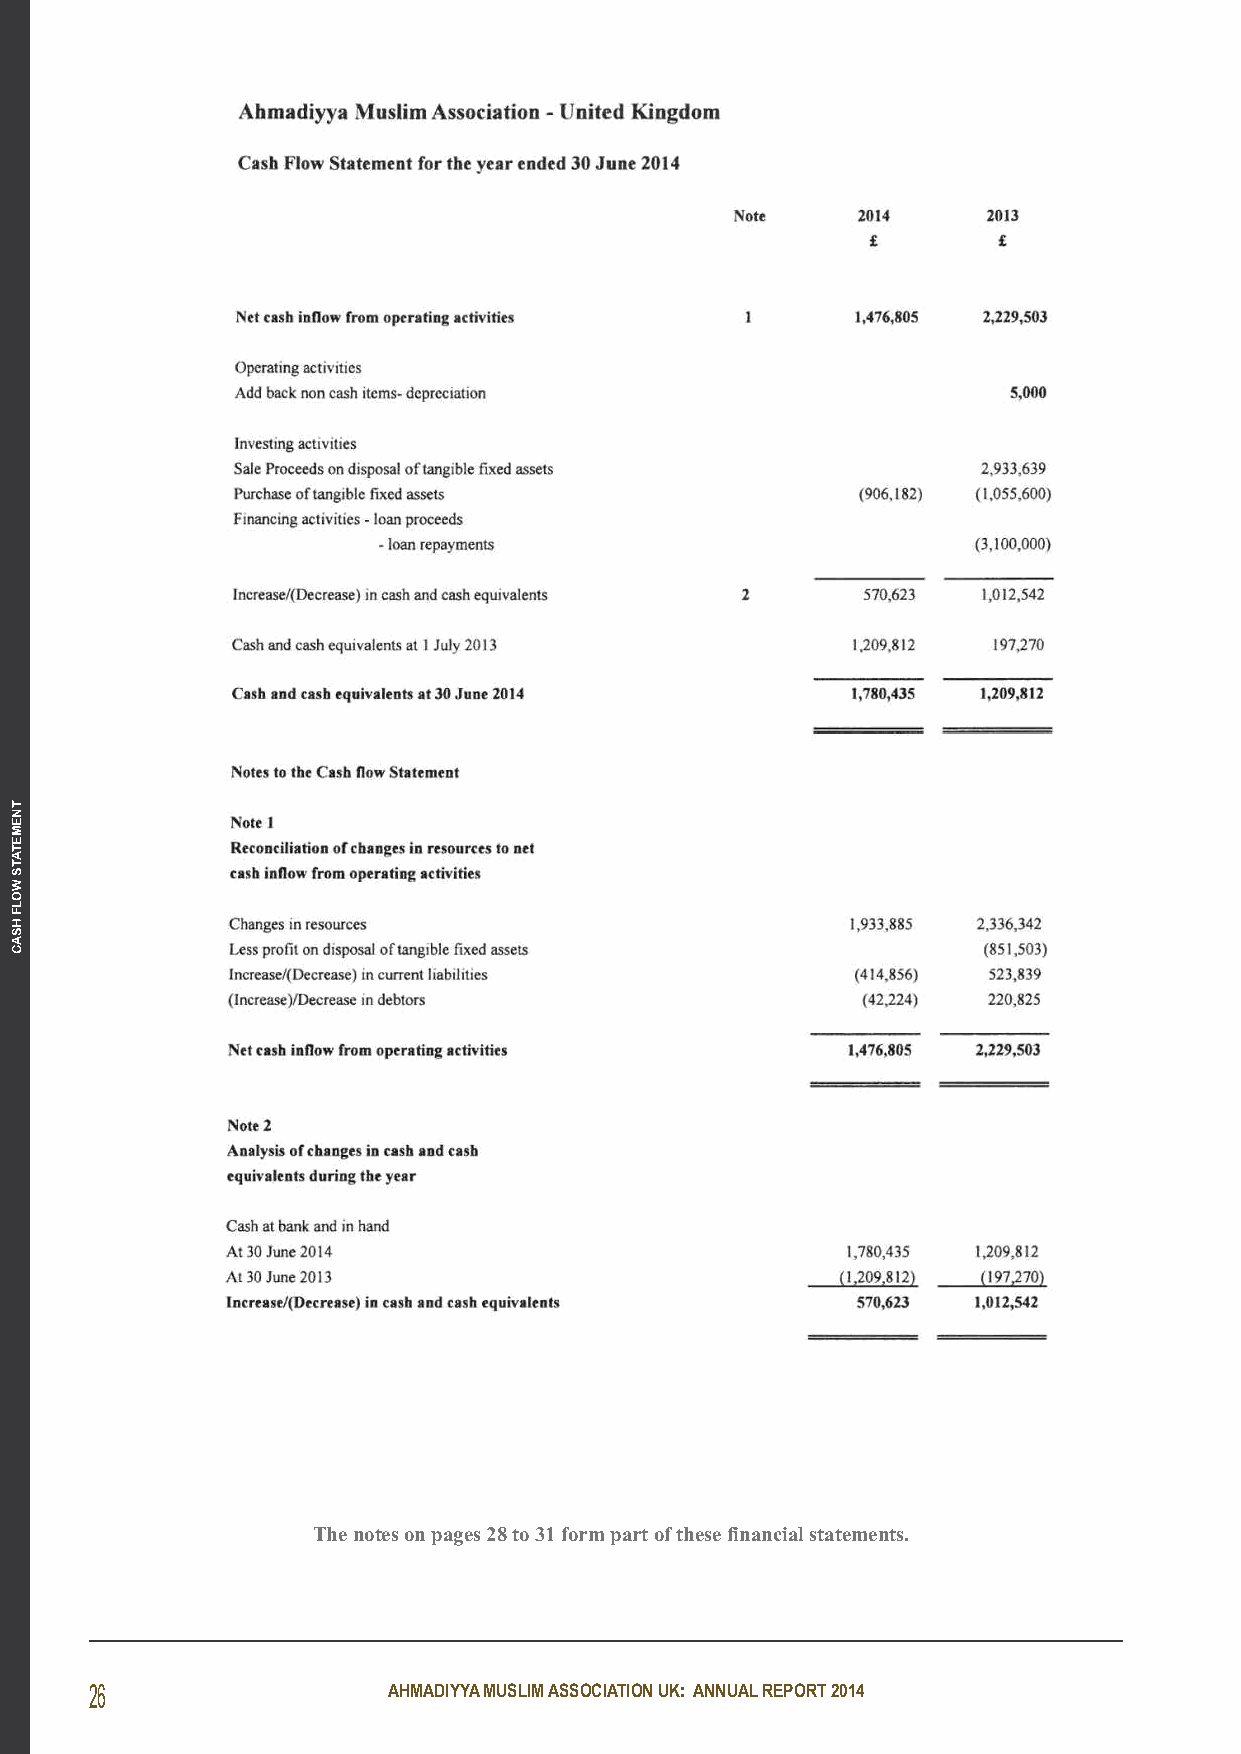
The notes on pages 28 to 31 form part of these financial statements.
 26                  AHMADIYYA MUSLIM ASSOCIATION UK: ANNUAL REPORT 2014
 TNEMETATS
 WOLF
 HSAC